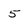
Character: 5